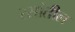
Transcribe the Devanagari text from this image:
रसांतील